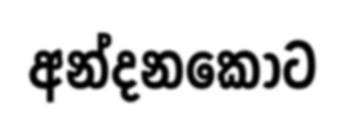
අන්දනකොට